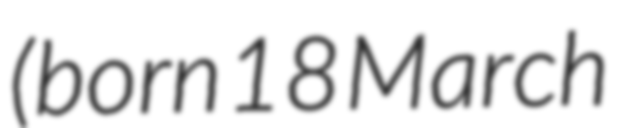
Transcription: (born 18 March